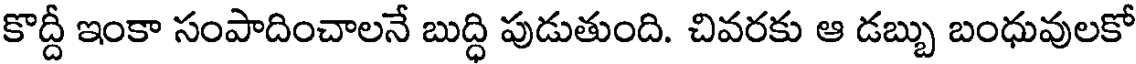
కొద్దీ ఇంకా సంపాదించాలనే బుద్ధి పుడుతుంది. చివరకు ఆ డబ్బు బంధువులకో